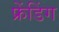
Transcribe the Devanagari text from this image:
फ्रेंडिंग